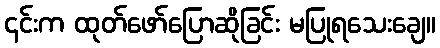
၎င်းက ထုတ်ဖော်ပြောဆိုခြင်း မပြုရသေးချေ။